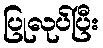
ပြုလုပ်ပြီး